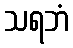
သရဘံ